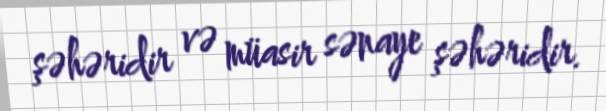
şəhəridir və müasir sənaye şəhəridir.